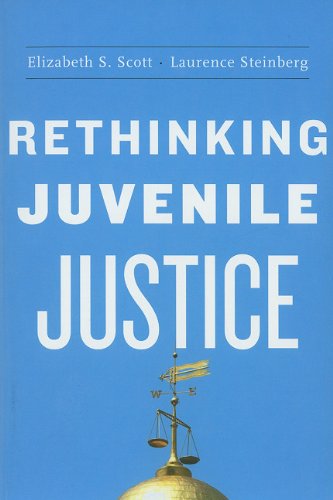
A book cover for Rethinking Juvenile Justice; Elizabeth S. Scott; Law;